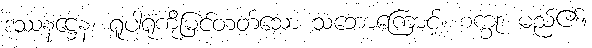
ဒဿနဋ္ဌေန၊ ရူပါရုံကိုမြင်တတ်သော သဘောကြောင့်။ စက္ခု၊ မည်၏။